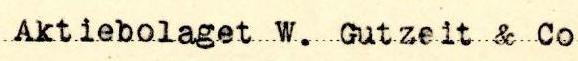
Aktiebolaget W. Gutzeit & Co